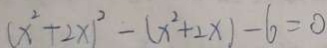
( x ^ { 2 } + 2 x ) ^ { 2 } - ( x ^ { 2 } + 2 \times ) - 6 = 0